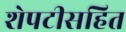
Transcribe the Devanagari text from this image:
शेपटीसहित